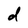
Character: d